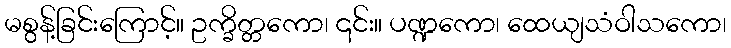
မစွန့်ခြင်းကြောင့်။ ဥက္ခိတ္တကော၊ ၎င်း။ ပဏ္ဍကော၊ ထေယျသံဝါသကော၊